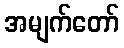
အမျက်တော်